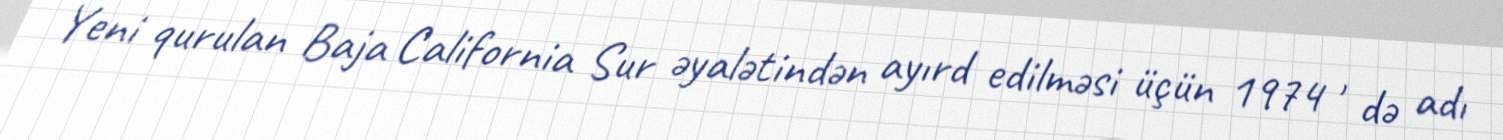
Yeni qurulan Baja California Sur əyalətindən ayırd edilməsi üçün 1974 ' də adı